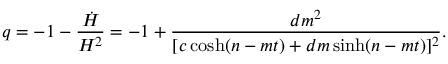
q = - 1 - \frac { \dot { H } } { H ^ { 2 } } = - 1 + \frac { d m ^ { 2 } } { [ c \cosh ( n - m t ) + d m \sinh ( n - m t ) ] ^ { 2 } } .